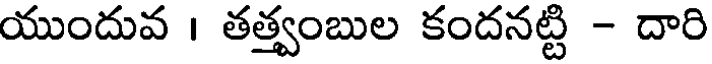
యుందువ । తత్త్వంబుల కందనట్టి - దారి